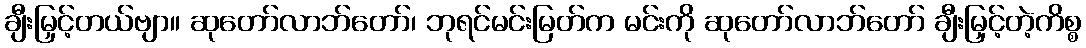
ချီးမြှင့်တယ်ဗျာ။ ဆုတော်လာဘ်တော်၊ ဘုရင်မင်းမြတ်က မင်းကို ဆုတော်လာဘ်တော် ချီးမြှင့်တဲ့ကိစ္စ